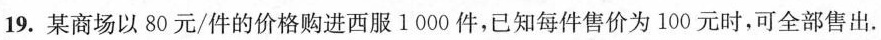
19.某商场以80元/件的价格购进西服1000件，已知每件售价为100元时，可全部售出.